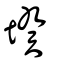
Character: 𡎝